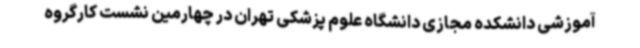
آموزشی دانشکده مجازی دانشگاه علوم پزشکی تهران در چهارمین نشست کارگروه